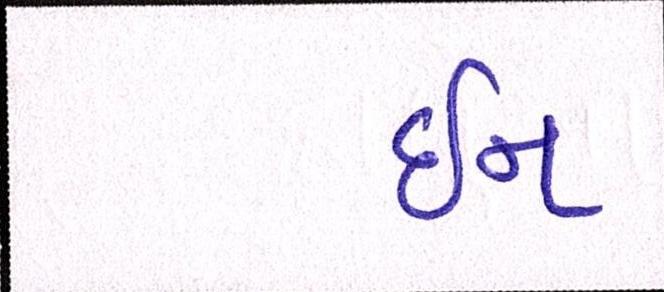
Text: ઇન